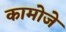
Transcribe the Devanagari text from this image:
कामोजे